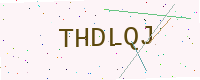
Text: THDLQJ